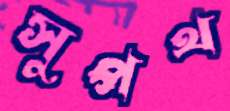
সুপথ